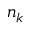
n _ { k }